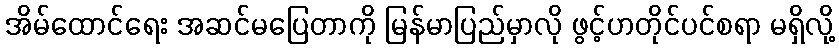
အိမ်ထောင်ရေး အဆင်မပြေတာကို မြန်မာပြည်မှာလို ဖွင့်ဟတိုင်ပင်စရာ မရှိလို့